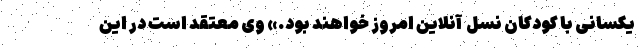
یکسانی با کودکان نسل ِ آنلاین امروز خواهند بود.» وی معتقد است در این